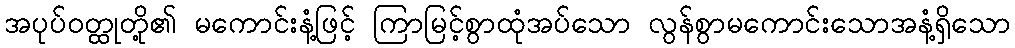
အပုပ်ဝတ္ထုတို့၏ မကောင်းနံ့ဖြင့် ကြာမြင့်စွာထုံအပ်သော လွန်စွာမကောင်းသောအနံ့ရှိသော